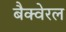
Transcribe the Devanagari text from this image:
बैक्वेरल